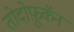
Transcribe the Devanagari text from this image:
तोदोफ़ूकॅन